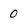
Character: 0